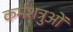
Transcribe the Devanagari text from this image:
कर्मशत्रुओं